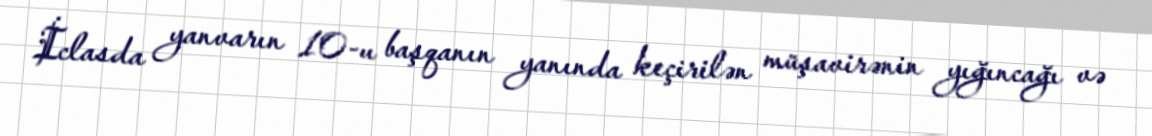
İclasda yanvarın 10-u başqanın yanında keçirilən müşavirənin yığıncağı və